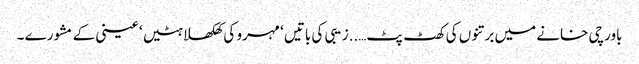
باورچی خانے میں برتنوں کی کھٹ پٹ…..زیبی کی باتیں ‘ مہرو کی کھلکھلاہٹیں ‘ عینی کے مشورے ۔